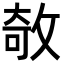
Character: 𢽽